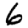
Digit: 6